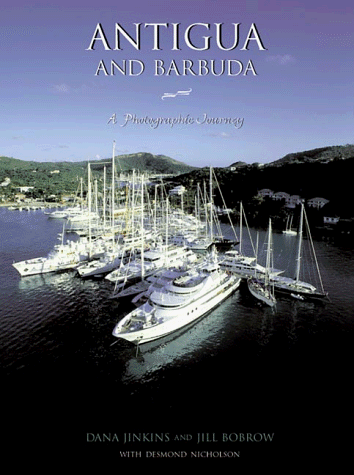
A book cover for Antigua and Barbuda: A Photographic Journey; Jill Bobrow; Travel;